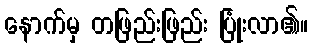
နောက်မှ တဖြည်းဖြည်း ပြုံးလာ၏။